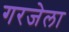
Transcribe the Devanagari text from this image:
गरजेला